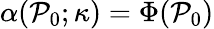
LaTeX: \alpha(\mathcal{P}_{0};\kappa)=\Phi(\mathcal{P}_{0})